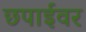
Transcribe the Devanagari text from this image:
छपाईवर